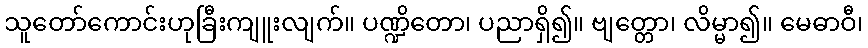
သူတော်ကောင်းဟုခြီးကျူးလျက်။ ပဏ္ဍိတော၊ ပညာရှိ၍။ ဗျတ္တော၊ လိမ္မာ၍။ မေဓာဝီ၊